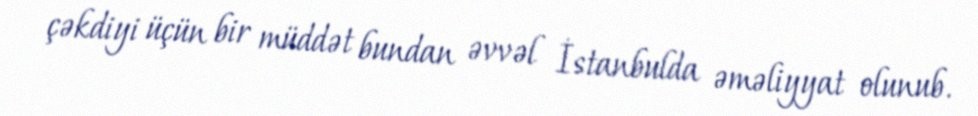
çəkdiyi üçün bir müddət bundan əvvəl İstanbulda əməliyyat olunub.